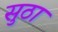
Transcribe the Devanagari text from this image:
सुठा